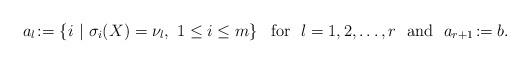
LaTeX: \begin{align*} a_l\!:=\left\{i\ |\ \sigma_i(X)=\nu_l,\ 1\le i\le m\right\}\ \ {\rm for}\ \ l=1,2,\ldots,r\ \ {\rm and}\ \ a_{r+1}\!:=b. \end{align*}